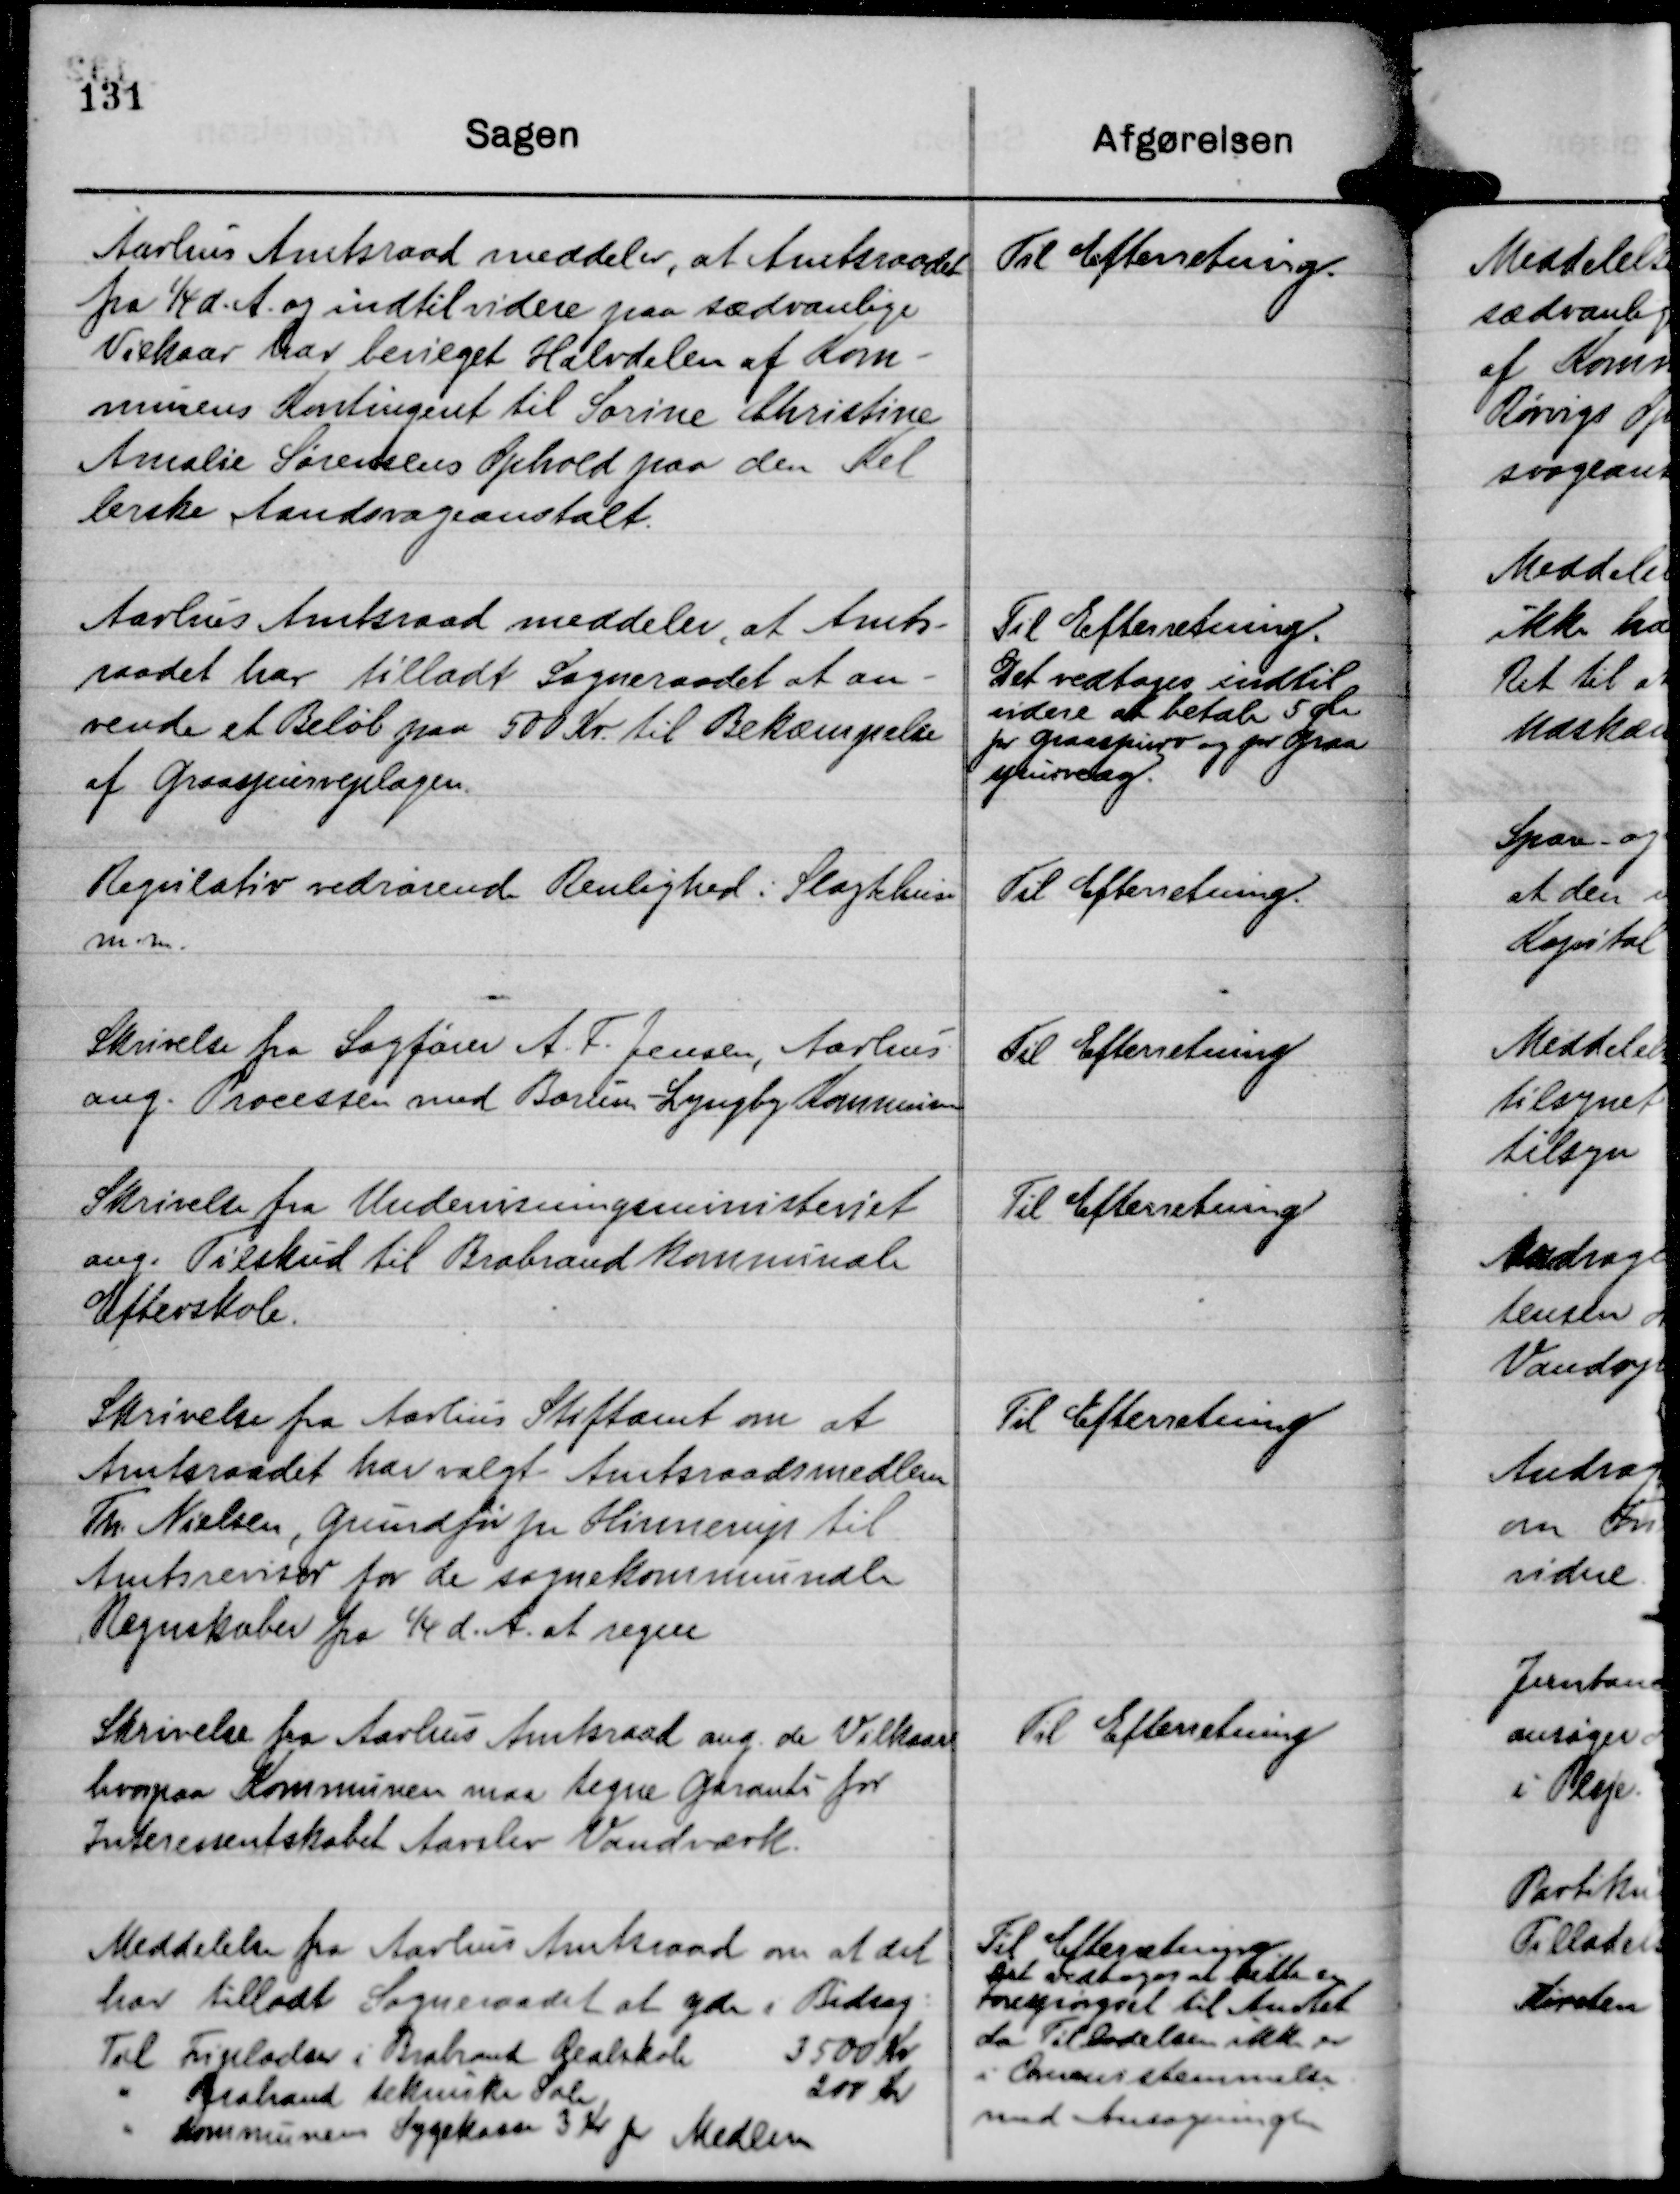
Transskription:
Aarhus Amtsraad meddeler, at Amtsraadet
fra 1/4 d. A. og indtil videre paa sædvanlige
Vilkaar har bevilget Halvdelen af Kom-
munens Kontingent til Sørine Christine
Amalie Sørensens Ophold paa den Kel-
lerske Aandssvageantalt.

Til Efterretning.

Aarhus Amtsraad meddeler, at Amts-
raadet har tilladt Sogneraadet at an-
vende et Beløb paa 500 Kr til Bekæmpelse
af Graaspurveplagen.

Til Efterretning.
Det vedtages indtil
videre at betale 5 Øre
pr Graaspurv og pr Graa
spurveæg.

Regulativ vedrørende Renlighed i Slagtehuse
m.m.

Til Efterretning.

Skrivelse fra Sagfører A. F. Jensen, Aarhus
ang. Processen med Borum-Lyngby Kommune

Til Efterretning

Skrivelse fra Undervisningsministeriet
ang. Tilskud til Brabrand kommunale
Efterskole.

Til Efterretning

Skrivelse fra Aarhus Stiftamt om at
Amtsraadet har valgt Amtsraadsmedlem
Th. Nielsen, Grundfør pr Hinnerup til
Amtsrevisor for de sognekommunale
Regnskaber fra 1/4 d. A. at regne

Til Efterretning

Skrivelse fra Aarhus Amtsraad ang. de Vilkaar
hvorpaa Kommunen maa tegne Garanti for
Interessentskabet Aarslev Vandværk.

Til Efterretning

Meddelelse fra Aarhus Amtsraad om at det
har tilladt Sogneraadet at yde i Bidrag:
Til Fripladser i Brabrand Realskole
3500 Kr
" Brabrand tekniske Sole
200 Kr
" Kommunens Sygekasse 3 Kr pr Medlem

Til Efterretning.
Det vedtoges at rette en
forespørgsel til Amtet
da Tilladelsen ikke er
i Overensstemmelse
med Ansøgningen